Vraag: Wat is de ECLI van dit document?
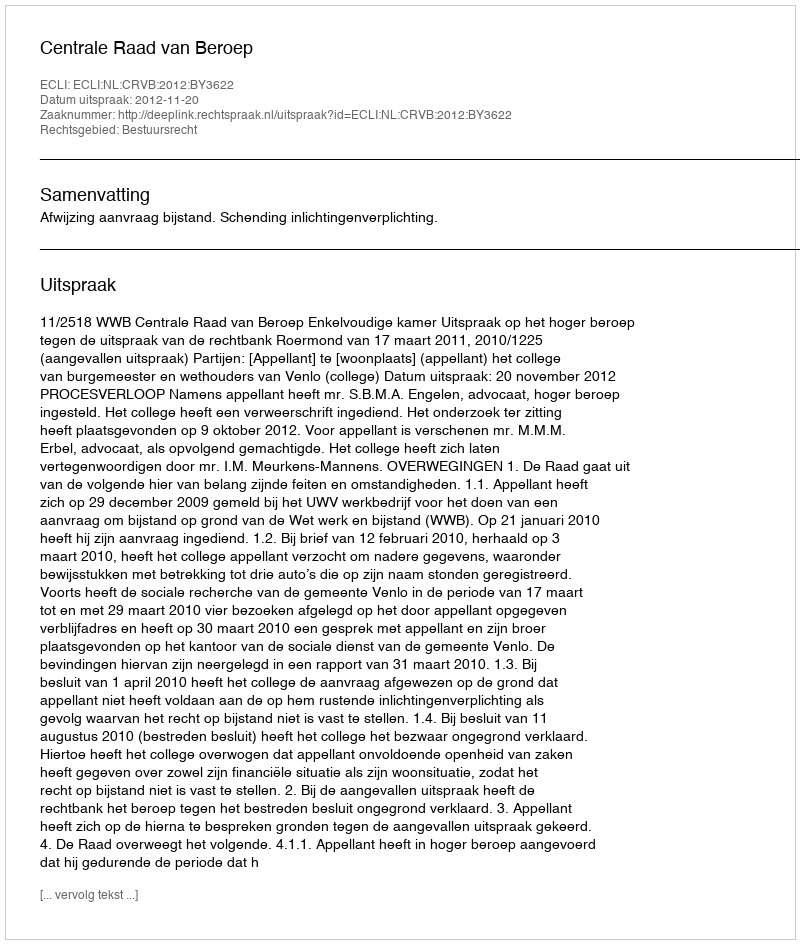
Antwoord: ECLI:NL:CRVB:2012:BY3622